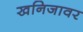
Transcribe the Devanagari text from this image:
खनिजावर